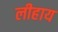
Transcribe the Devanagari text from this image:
लीहाय